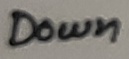
Text: Down